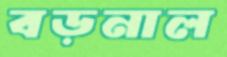
বড়নাল